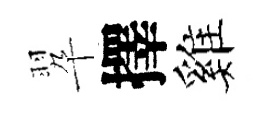
翆擇雞